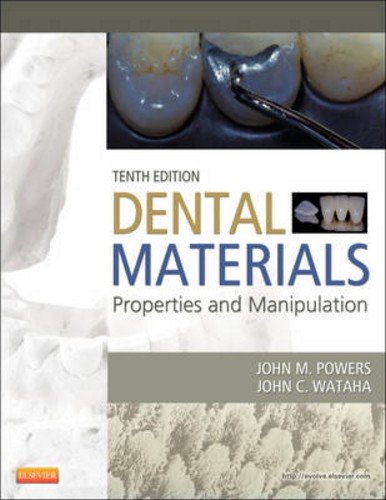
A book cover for Dental Materials: Properties and Manipulation, 10th Edition; John M. Powers; Medical Books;